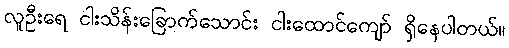
လူဦးရေ ငါးသိန်းခြောက်သောင်း ငါးထောင်ကျော် ရှိနေပါတယ်။